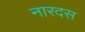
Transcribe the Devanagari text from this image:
नारदस